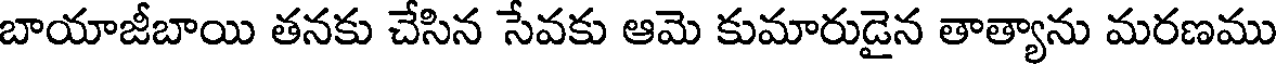
బాయాజీబాయి తనకు చేసిన సేవకు ఆమె కుమారుడైన తాత్యాను మరణము